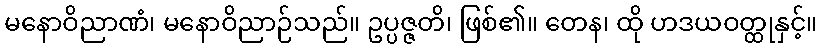
မနောဝိညာဏံ၊ မနောဝိညာဉ်သည်။ ဥပ္ပဇ္ဇတိ၊ ဖြစ်၏။ တေန၊ ထို ဟဒယဝတ္ထုနှင့်။